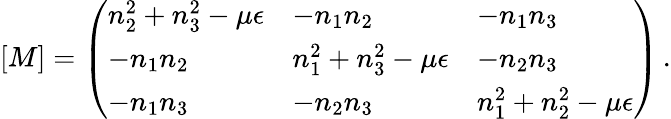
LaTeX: [M]=\left(\begin{array}{lll}{n_{2}^{2}+n_{3}^{2}-\mu\epsilon}&{-n_{1}n_{2}}&{-n_{1}n_{3}}\\ {-n_{1}n_{2}}&{n_{1}^{2}+n_{3}^{2}-\mu\epsilon}&{-n_{2}n_{3}}\\ {-n_{1}n_{3}}&{-n_{2}n_{3}}&{n_{1}^{2}+n_{2}^{2}-\mu\epsilon}\end{array}\right)\, .